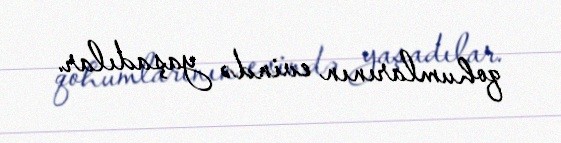
qohumlarının evində yaşadılar.